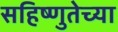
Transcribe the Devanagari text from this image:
सहिष्णुतेच्या